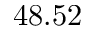
4 8 . 5 2